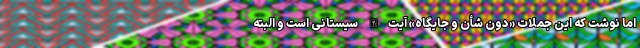
اما نوشت که این جملات «دون شأن و جایگاه» آیت‌الله سیستانی است و البته